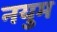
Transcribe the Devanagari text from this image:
नयुम